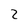
Character: 2